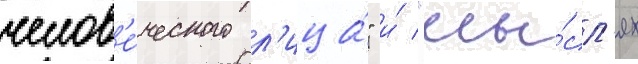
челов'е́ческого л'ица́" и́ "мы́сл'ях